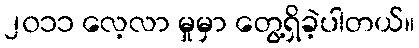
၂၀၁၁ လေ့လာ မှုမှာ တွေ့ရှိခဲ့ပါတယ်။